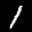
Label: 1